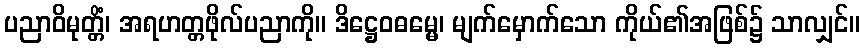
ပညာဝိမုတ္တိံ၊ အရဟတ္တဖိုလ်ပညာကို။ ဒိဋ္ဌေဝဓမ္မေ၊ မျက်မှောက်သော ကိုယ်၏အဖြစ်၌ သာလျှင်။